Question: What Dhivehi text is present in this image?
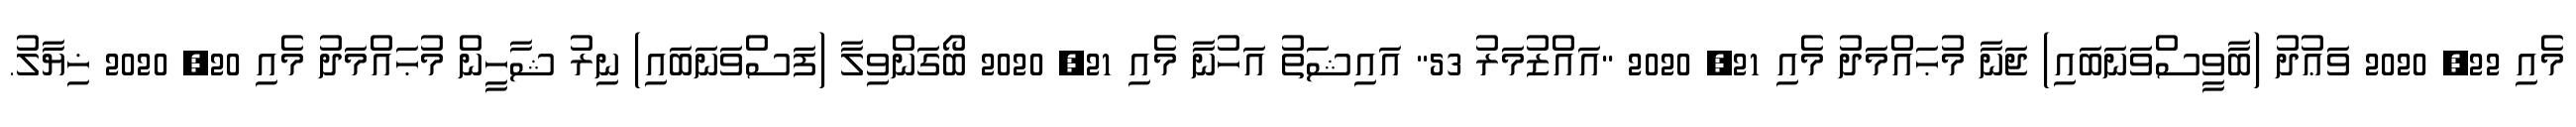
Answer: މެއި 22, 2020 ވަޢުދު (ބާވީސްވަނަބައި) ޖަނާ މުޙައްމަދު މެއި 21, 2020 "އައްޒުމަރު 53" އައިޝަތު އަހުނާ މެއި 21, 2020 ބޯގަންވިލާ (ފަސްވަނަބައި) ނިރު ޝާހީން މުޙައްމަދު މެއި 20, 2020 ޚިޔާލު.